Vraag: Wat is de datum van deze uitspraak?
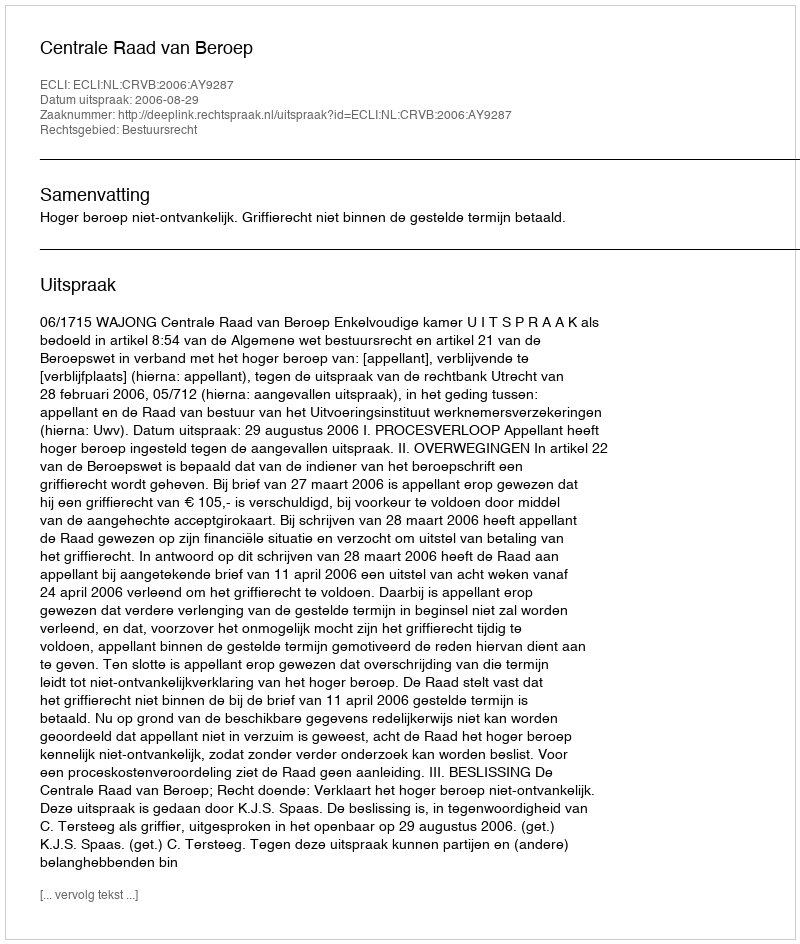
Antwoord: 2006-08-29